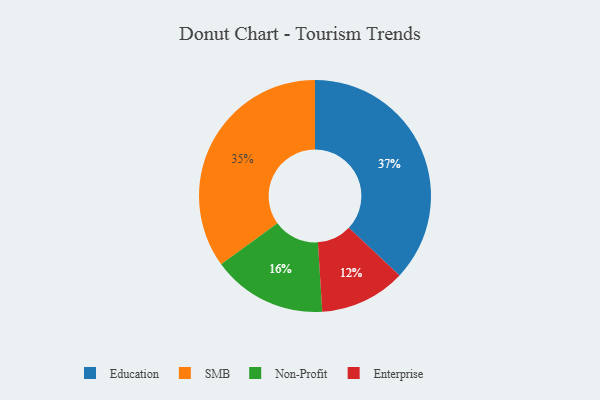
{"axis": {"x": "Category", "y": "Percentage"}, "legend": ["Education", "Enterprise", "Non-Profit", "SMB"], "data": [{"x": "Education", "y": 37, "type": "Education"}, {"x": "Enterprise", "y": 12, "type": "Enterprise"}, {"x": "Non-Profit", "y": 16, "type": "Non-Profit"}, {"x": "SMB", "y": 35, "type": "SMB"}]}